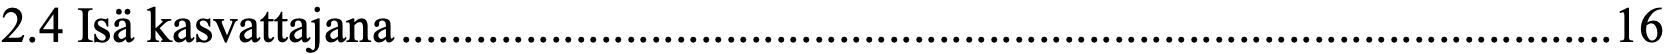
2.4 Isä kasvattajana ................................................................................................. 16